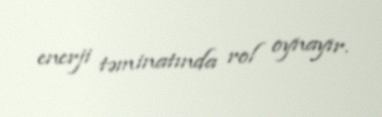
enerji təminatında rol oynayır.